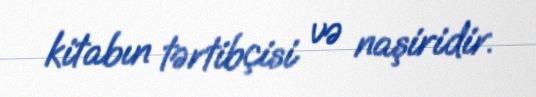
kitabın tərtibçisi və naşiridir.